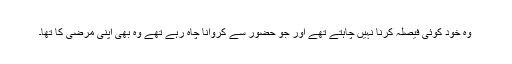
وہ خود کوئی فیصلہ کرنا نہیں چاہتے تھے اور جو حضور سے کروانا چاہ رہے تھے وہ بھی اپنی مرضی کا تھا۔